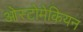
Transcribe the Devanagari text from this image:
ओस्टोमेकियन